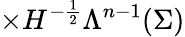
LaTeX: \times H^{-\frac{1}{2}}\Lambda^{n-1}(\Sigma)